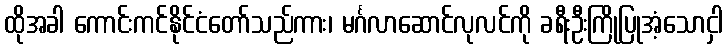
ထိုအခါ ကောင်းကင်နိုင်ငံတော်သည်ကား၊ မင်္ဂလာဆောင်လုလင်ကို ခရီးဦးကြိုပြုအံ့သောငှါ